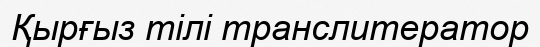
Қырғыз тілі транслитератор